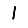
Digit: 1